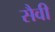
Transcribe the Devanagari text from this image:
सैवी